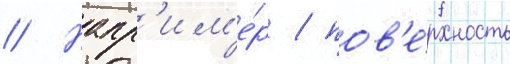
// Напр'им'е́р / пов'е́рхность